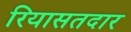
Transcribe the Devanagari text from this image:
रियासतदार